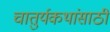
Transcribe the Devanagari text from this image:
चातुर्यकथांसाठी